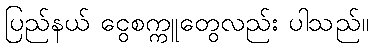
ပြည်နယ် ငွေစက္ကူတွေလည်း ပါသည်။